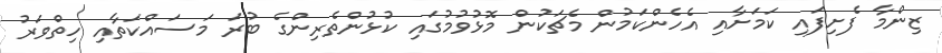
ޒިންމާ ފެށިފައި ކަމަށާއި އެހެންކަމުން މެޗަކުން މޮޅުވުމުގައި ކުޅުންތެރިންގެ ބުރަ މަސައްކަތާއި ހިތްވަރު